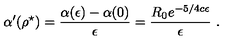
\alpha ^ { \prime } ( \rho ^ { \star } ) = \frac { \alpha ( \epsilon ) - \alpha ( 0 ) } { \epsilon } = \frac { R _ { 0 } e ^ { - 5 / 4 c \epsilon } } { \epsilon } \ .